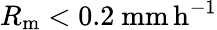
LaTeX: R_{\mathrm{m}}<0.2\ \mathrm{mm\, h^{-1}}